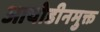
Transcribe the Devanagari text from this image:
आयोडीनमुक्त